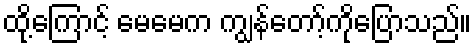
ထို့ကြောင့် မေမေက ကျွန်တော့်ကိုပြောသည်။